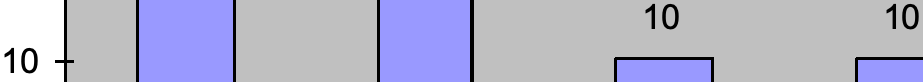
10      10 10